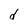
Character: d